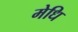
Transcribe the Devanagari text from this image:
मेधि